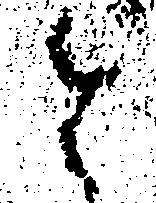
と